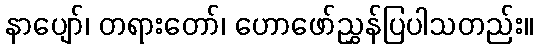
နာပျော်၊ တရားတော်၊ ဟောဖော်ညွှန်ပြပါသတည်း။